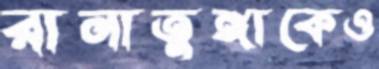
রানাতুঙ্গাকেও